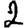
Digit: 2